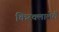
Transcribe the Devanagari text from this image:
किरक्लालेरी